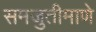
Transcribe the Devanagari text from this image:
समजुतीमाणे